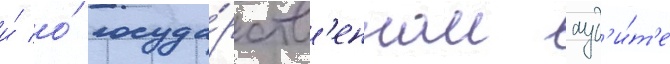
и́ о́ госуда́рств'енном ауд'и́т'е